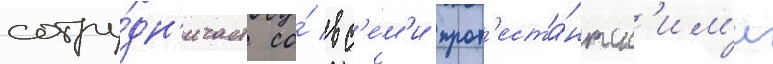
сотру́дн'ичает со́ вс'е́м'и прот'еста́нтск'им'и